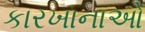
કારખાનાઓ